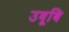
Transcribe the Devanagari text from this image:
उवूबि